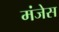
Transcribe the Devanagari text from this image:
मंजेस